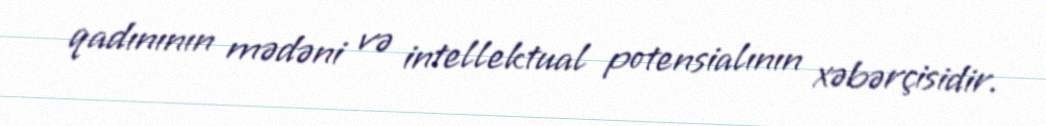
qadınının mədəni və intellektual potensialının xəbərçisidir.